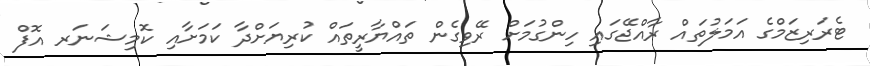
ޓެރަރިޒަމްގެ އަމަލުތައް ރާއްޖޭގައި ހިންގުމަށް ރޭވިގެން ތައްޔާރީތައް ކުރިޔަށްދާ ކަމަށާއި ކޮމިޝަނަރ އޮފް